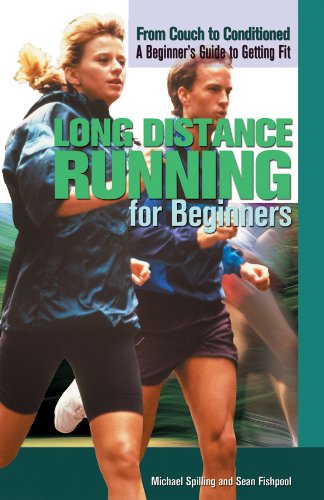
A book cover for Long Distance Running for Beginners (From Couch to Conditioned: a Beginner's Guide to Getting Fit); Michael Spilling; Teen & Young Adult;